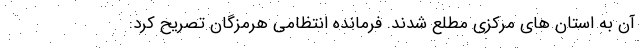
آن به استان های مرکزی مطلع شدند. فرمانده انتظامی هرمزگان تصریح کرد: